system: You are a helpful assistant.
user:
Analyze the provided spectrum to determine if it is a **Carbon Star (C-type)**.

- **Key Visual Indicators of Carbon Star:**
    - **(Primary):** Strong molecular absorption from **C₂ (diatomic carbon) "Swan Bands."** This is the **defining feature** of a carbon star.
        - **(Key Bandheads):** Sharp absorption edges are visible at approximately $5635$ Å, $5165$ Å (the strongest band), and $4737$ Å.
        - **(Line Profile):** Creates a distinct **"saw-tooth"** pattern. The key morphology is a sharp, steep bandhead on the **red (long-wavelength) side**, which then gradually tapers off (i.e., flux recovers) towards the **blue (short-wavelength) side**. *(This is the direct opposite of the TiO bands seen in M-type stars)*.

    - **(Secondary):** Intense **CN (cyanogen)** molecular absorption bands.
        - **(Key Bandheads):** Located in the blue and violet regions of the spectrum (e.g., near $4215$ Å and $3883$ Å).
        - **(Morphology):** These bands are extremely broad and act as a "blanket," absorbing the vast majority of blue and violet light. This creates a characteristic **"cliff"** or **"steep drop-off"** in the spectrum's flux at short wavelengths.

    - **(Key Confirmation):** Strong **CH absorption band (G-band)**.
        - **(Key Bandhead):** Located around $4300$ Å. The contribution from CH molecules to this band is exceptionally strong.

    - **(Overall Spectrum):**
        - The continuum is severely "chopped up" by these deep molecular bands, especially C₂, rather than appearing as a smooth curve.
        - Due to the heavy CN and C₂ absorption in the blue-green, the vast majority of the star's flux is concentrated in the red part of the spectrum, giving the star its characteristic deep red color.

Think first, call **spectral_visualization_tool** if needed to examine features in detail, then provide your final answer. Your response must adhere to the following strict rules:
1.  **Overall Structure:** Your response must follow the format `<think>...</think> <tool_call>...</tool_call> (if a tool is used) <answer>...</answer>`.
2.  **Tool Usage Constraint:** You may only make **one** tool call per turn.
3.  **Final Answer Format:** In the `<answer>` tag, your conclusion must be inside a `\boxed{}` command (e.g., `\boxed{YES}`), followed by your justification.

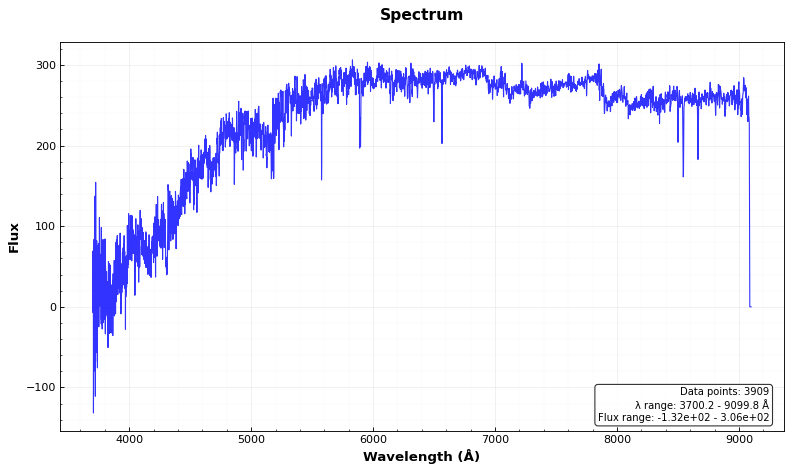
Answer: YES